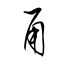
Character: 甬